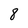
Character: 8